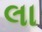
લા